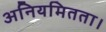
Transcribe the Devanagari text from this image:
अनियमितता।